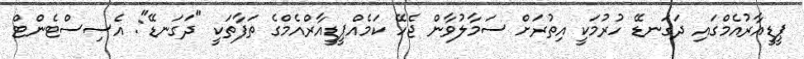
ޕީޑީއާރުއެމްގައި ދަގަނޑޭ ހުރުމަކީ އިތުރަށް ސަމާލުވާން ޖެހޭ ކަމެއްޕީޑީއާރްއެމްގެ ތަފާތަކީ "ދަގަނޑޭ": އެސިސްޓެންޓް